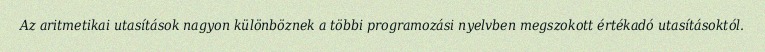
Az aritmetikai utasítások nagyon különböznek a többi programozási nyelvben megszokott értékadó utasításoktól.